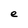
Character: e